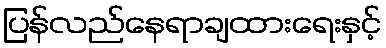
ပြန်လည်နေရာချထားရေးနှင့်